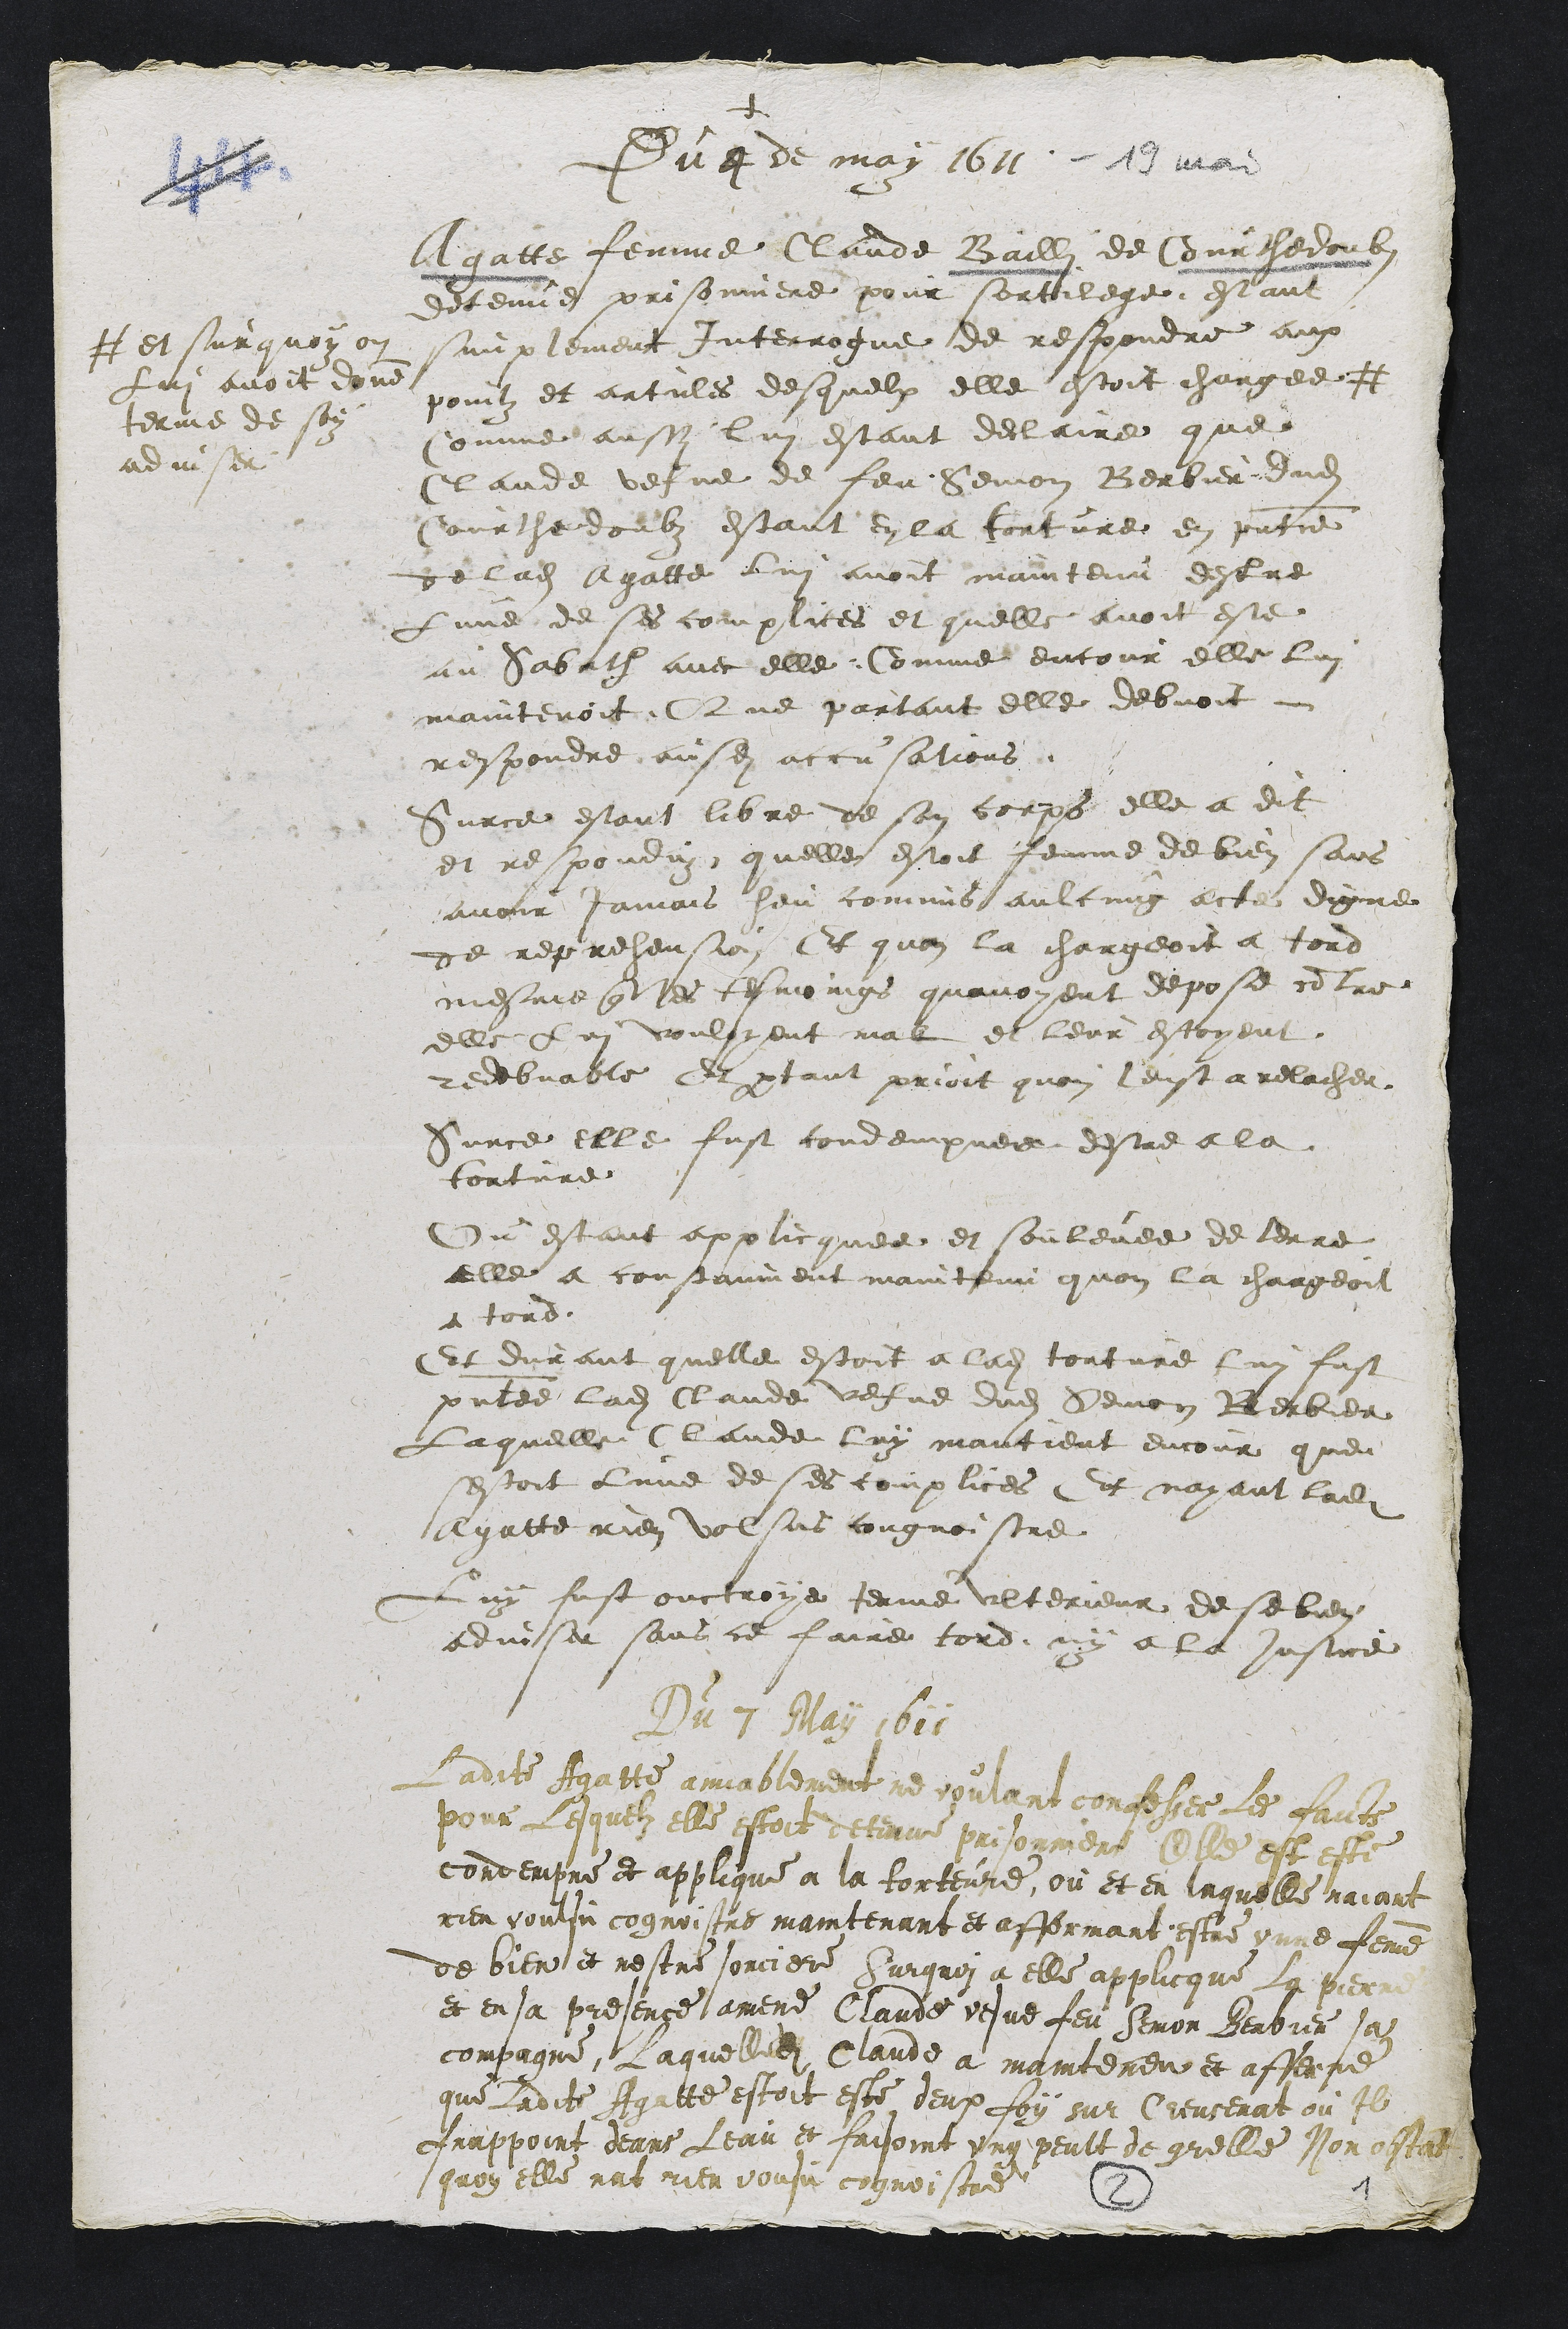
+
Du 4 de may 1611.
Agatte femme Claude Baille de Courthedoubs
detenue prisonniere pour sortilege, estant
simplement interrogue de respondre aux
pointz et artiles desquelx elle estoit chargee
# et sur quoy on
Lui avoit done
terme de son
adviser
Comme aussi lui estant declaire que
Claude vefve de feu Semon Berbier dudit
Courthedoubs estant en la torture en presentce
de ladite Agatte lui avoit maintenu destre
Lune de ses complices et quelle avoit este
au Sabath avec elle. Comme encour elle lui
maintenoit, Que partant elle debvoit
respondre ausdit accusations
Surce estant libre ve son corps elle a dit
et respondu quelle estoit femme de bien sans
avoir jamais heu comme aulcung acte disne
de repreheus Et quon la chargeoit a tord
mesme que les tesmoings quavoyent depose contre
elle Lui vouloyent mal et leur estoyent
redebvable Et partant prioit quon leust a relacher
Surce elle fust condempnee destre a la
torture
Ou estant applicquee et soulevee de terre
elle a constanment maintenu quon la chargeoit
a tord.
Et durant quelle estoit a ladite torture luy fust
presente ladite Claude vefve dudit Semon Berbier
Laquelle laude luy mantient encour que
sestoit une de ses complices Et nayant ladite
Agatte rien volsus congnoistre
Luy fust ouctroye terme ulterieur de se bien
adviser sans ce faire tord ny a la justice
Du 2 May 1611
Ladite Agatte amnablement ne voulant confesser Les faicts
pour Lesquelz elle estoit detenue prisonniere Elle est este
condempne et applique a la torture ou et en laquelle naiant
rien voulsu cognoistre maintenant et affermant estre unne femme
de bien et nestre sorciere Surquoi a elle applicque La pierre
et en sa presence amene Claude vesve feu Semon Berbier sa
compagne, Laquelledite Claude a mainteneu et affenne
que Ladite Agatte estoit este deux foy sur Crensenat ou Il
frappoint deans Leau et faisoint ung peult de quelle son estant
quoy elle nat rien vousu cognoistre